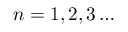
n = 1 , 2 , 3 \ldots